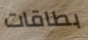
بطاقات